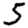
Digit: 5